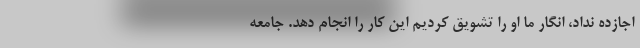
اجازده نداد، انگار ما او را تشویق کردیم این کار را انجام دهد. جامعه